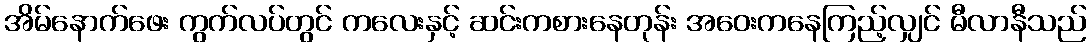
အိမ်နောက်ဖေး ကွက်လပ်တွင် ကလေးနှင့် ဆင်းကစားနေတုန်း အဝေးကနေကြည့်လျှင် မီလာနီသည်